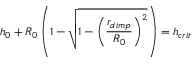
h _ { 0 } + R _ { 0 } \left( 1 - \sqrt { 1 - \left( \frac { r _ { d i m p } } { R _ { 0 } } \right) ^ { 2 } } \right) = h _ { c r i t }